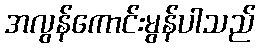
အလွန်ကောင်းမွန်ပါသည်